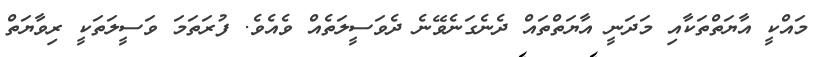
މައްކީ އާޔަތްތަކާއި މަދަނީ އާޔަތްތައް ދެނެގަނެވޭނެ ދެވަސީލަތެއް ވެއެވެ. ފުރަތަމަ ވަސީލަތަކީ ރިވާޔަތް